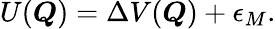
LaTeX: U(\boldsymbol{Q})=\Delta V(\boldsymbol{Q})+\epsilon_{M}.